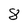
Character: 8